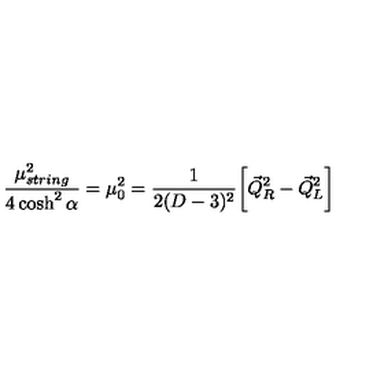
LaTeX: \frac { \mu _ { s t r i n g } ^ { 2 } } { 4 \cosh ^ { 2 } \alpha } = \mu _ { 0 } ^ { 2 } = \frac { 1 } { 2 ( D - 3 ) ^ { 2 } } \biggl [ { \vec { Q } } _ { R } ^ { 2 } - { \vec { Q } } _ { L } ^ { 2 } \biggr ]